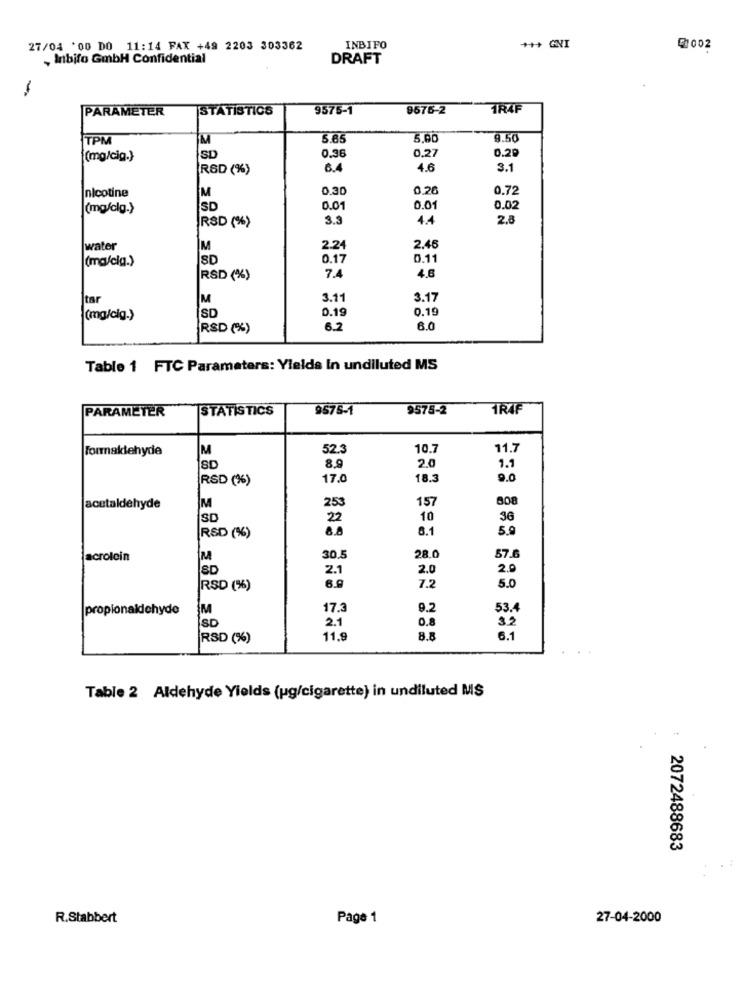
27/04 '00 DO 11:14 FAX +49 2203 303362
INBIFO
₡1002
, Inbifo GmbH Confidential
DRAFT
-
PARAMETER
STATISTICS
9575-1
9675-2
TRAF
TPM
M
5.65
5,00
3.50
0.27
0.20
(mg/cig.}
SD
0.36
R&D (%)
6.4
4.6
3.1
M
0.30
0.26
0.72
nicotine
(mg/clg.}
SD
0.01
0.01
0.02
RSD (%)
3.3
4.4
2.8
water
M
2.24
2.46
(ma/cig.)
SD
0.17
0.11
RSD (%)
7.4
4.8
tar
M
3.11
3.17
0.19
0.19
(mg/cig.)
SD
RSD (%)
6.2
6.0
Table 1 FTC Parameters: Yields In undiluted MS
PARAMETER
STATISTICS
9575-1
9575-2
TRAF
Formaldehyde
M
52.3
10.7
11.7
8.9
2.0
SD
1.1
RSD (%)
17.0
18.3
9.0
253
157
808
acetaldehyde
M
SD
22
10
36
8.8
6.1
5.9
RSD (%)
57.6
Jacrolein
M
30.5
28.0
SD
2.1
2.0
2.0
5.0
RSD (%)
6.9
7.2
propionaldehyde
M
17.3
9.2
53.4
2.1
0.8
3.2
SD
RSD (%)
11,9
8.8
6.1
Table 2 Aldehyde Yields (pg/cigarette) in undiluted MS
2072488683
R.Stabbert
Page 1
27-04-2000